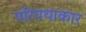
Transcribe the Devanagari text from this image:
परिपथाकार